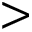
>